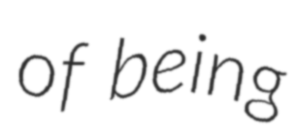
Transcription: of being